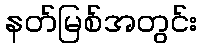
နတ်မြစ်အတွင်း